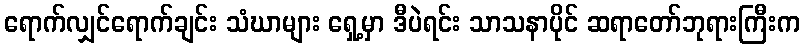
ရောက်လျှင်ရောက်ချင်း သံဃာများ ရှေ့မှာ ဒီပဲရင်း သာသနာပိုင် ဆရာတော်ဘုရားကြီးက